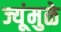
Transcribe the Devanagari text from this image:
ज्यूंमुळे